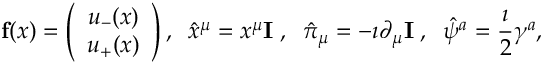
{ \bf f } ( x ) = \left( \begin{array} { c } { { u _ { - } ( x ) } } \\ { { u _ { + } ( x ) } } \end{array} \right) , \; \; \hat { x } ^ { \mu } = x ^ { \mu } { \bf I } \; , \; \; \hat { \pi } _ { \mu } = - \imath \partial _ { \mu } { \bf I } \; , \; \; \hat { \psi } ^ { a } = \frac { \imath } { 2 } \gamma ^ { a } ,